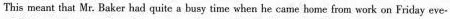
This meant that Mr. Baker had quite a busy time when he came home from work on Friday eve-